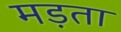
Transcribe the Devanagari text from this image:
मड़ता